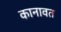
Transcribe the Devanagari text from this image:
कानावत